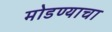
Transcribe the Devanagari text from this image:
मोडण्याचा